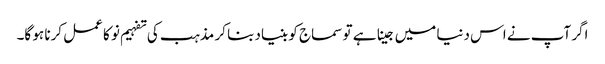
اگر آپ نے اس دنیا میں جینا ہے تو سماج کو بنیاد بنا کر مذہب کی تفہیم نو کا عمل کرنا ہو گا۔